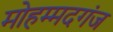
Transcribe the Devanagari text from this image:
मोहम्मदगंज